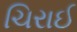
ચિરાઈ